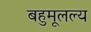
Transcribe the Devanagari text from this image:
बहुमूलल्य